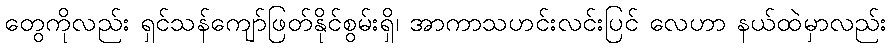
တွေကိုလည်း ရှင်သန်ကျော်ဖြတ်နိုင်စွမ်းရှိ၊ အာကာသဟင်းလင်းပြင် လေဟာ နယ်ထဲမှာလည်း